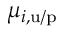
\mu _ { i , \mathrm { u / p } }